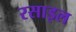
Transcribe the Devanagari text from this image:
रसाइल